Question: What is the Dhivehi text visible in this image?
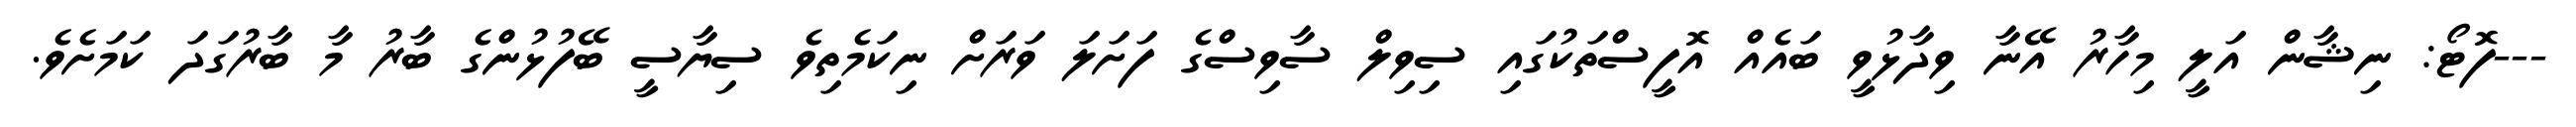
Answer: ---ފޮޓޯ: ނިޝާން އަލީ މިހާރު އޭނާ ވިދާޅުވީ ބައެއް އޮފީސްތަކުގައި ސިވިލް ސާވިސްގެ ފަށަލަ ވަރަށް ނިކަމެތިވެ ސިޔާސީ ބޭފުޅުންގެ ބާރު މާ ބާރުގަދަ ކަމަށެވެ.